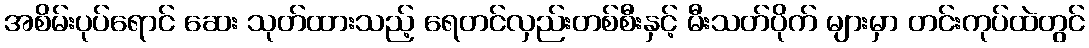
အစိမ်းပုပ်ရောင် ဆေး သုတ်ထားသည့် ရေတင်လှည်းတစ်စီးနှင့် မီးသတ်ပိုက် များမှာ တင်းကုပ်ထဲတွင်